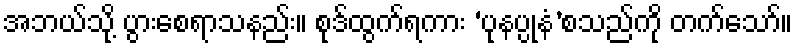
အဘယ်သို့ ပွားစေရာသနည်း။ စုဒ်ထွက်ရကား ‘ပုနပ္ပုနံ’စသည်ကို တက်သော်။